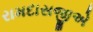
રામદાસજીએ